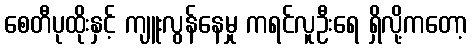
စေတီပုထိုးနှင့် ကျူးလွန်နေမှု ကရင်လူဦးရေ ရှိလို့ကတော့